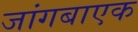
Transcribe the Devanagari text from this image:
जांगबाएक